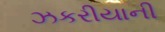
ઝકરીયાની